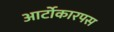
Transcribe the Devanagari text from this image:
आर्टोकारपस